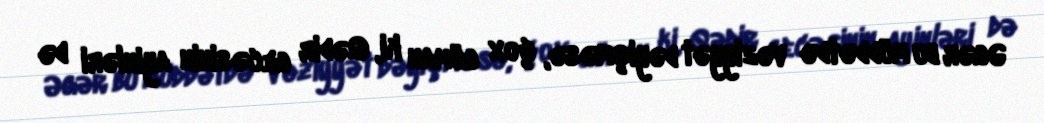
Əgər bu müddətdə vəziyyət dəyişməsə, çox güman ki, Qədir gecəsinin ayinləri də